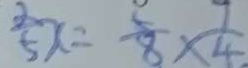
\frac { 2 } { 5 } x = \frac { 5 } { 8 } \times \frac { 7 } { 4 }